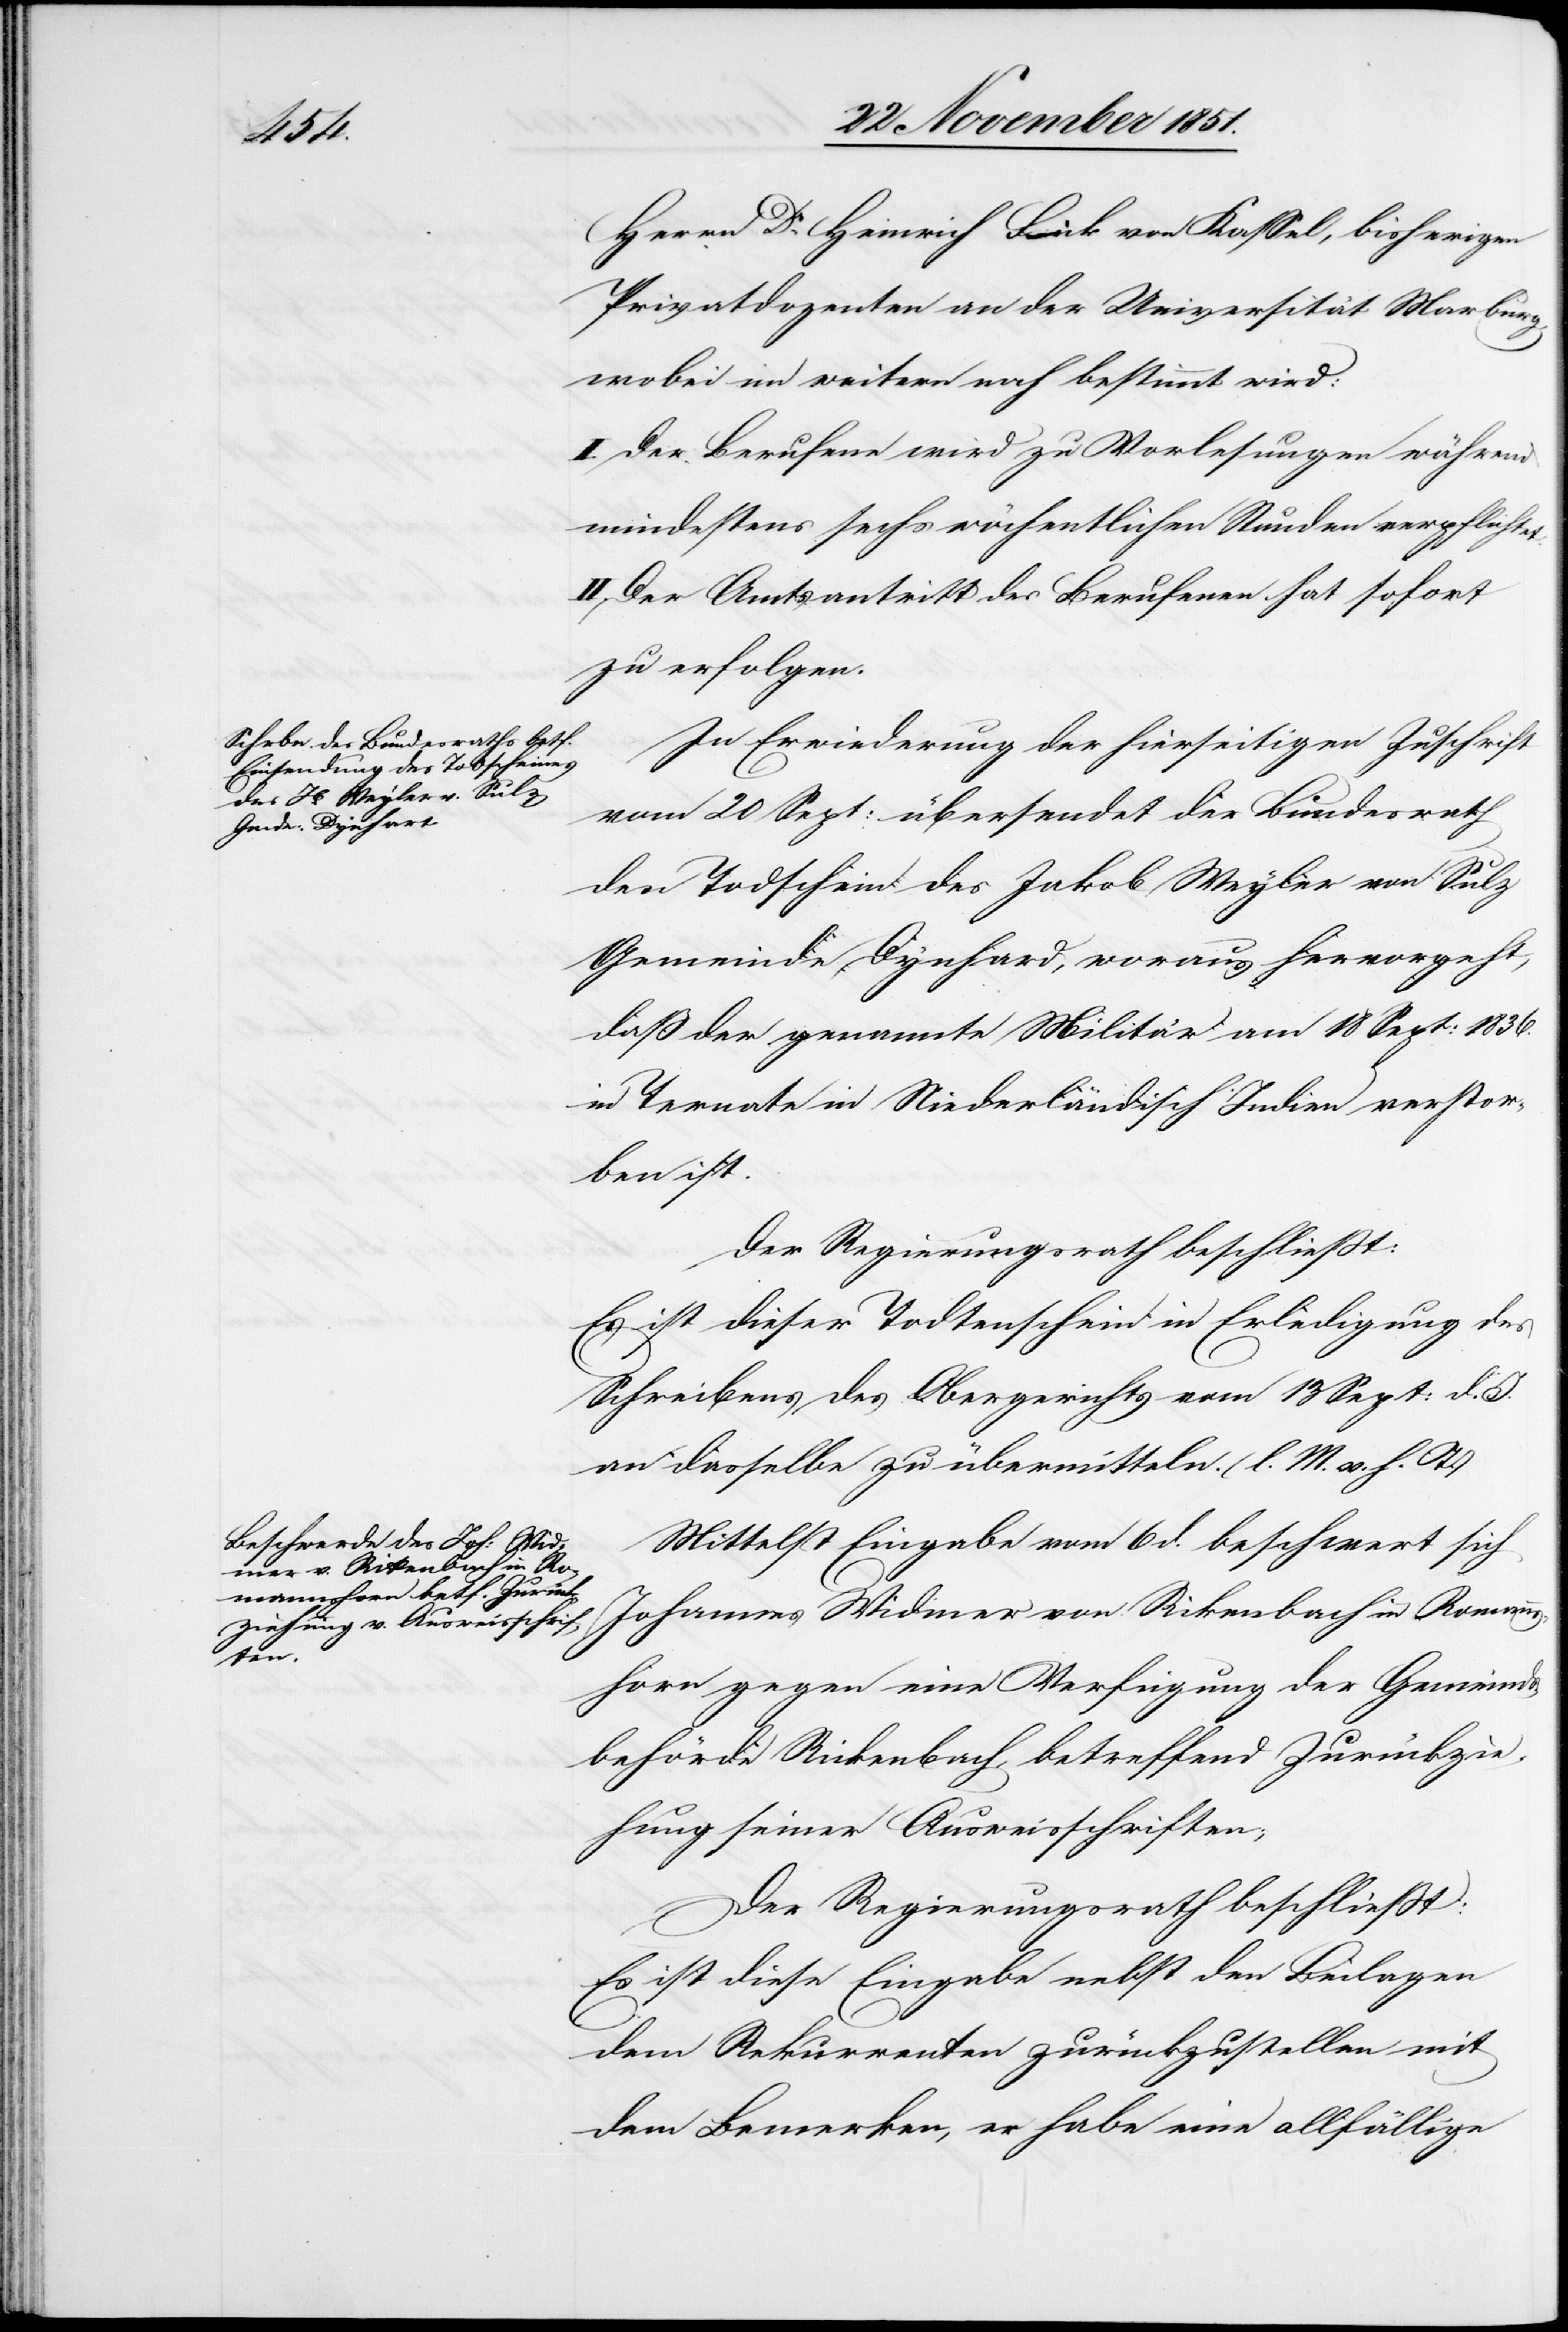
Herrn Dr. Heinrich Fick von Kassel, bisherigen
Privatdozenten an der Universität Marburg,
wobei im weitern noch bestimmt wird:
I. Der Berufene wird zu Vorlesungen während
mindestens sechs wöchentlichen Stunden verpflichtet.
II. Der Amtsantritt des Berufenen hat sofort
zu erfolgen.
In Erwiederung der hierseitigen Zuschrift
vom 20 Sept: übersendet der Bundesrath
den Todschein des Jakob Weyler von Sulz
Gemeinde Dynhard, woraus hervorgeht,
daß der genannte Militär am 18 Sept: 1836.
in Ternate in Niederländisch Indien verstor¬
ben ist.
Der Regierungsrath beschließt:
Es ist dieser Todtenschein in Erledigung des
Schreibens des Obergerichts vom 13 Sept: d.
an dasselbe zu übermitteln. (l. M. v. h. T.)
Mittelst Eingabe vom 6 d. beschwert sich
Johannes Widmer von Rikenbach in Romanns¬
horn gegen eine Verfügung der Gemeinds¬
behörde Rickenbach, betreffend Zurückzie¬
hung seiner Ausweisschriften;
Der Regierungsrath beschließt:
Es ist diese Eingabe nebst den Beilagen
dem Rekurrenten zurückzustellen mit
dem Bemerken, er habe eine allfällige